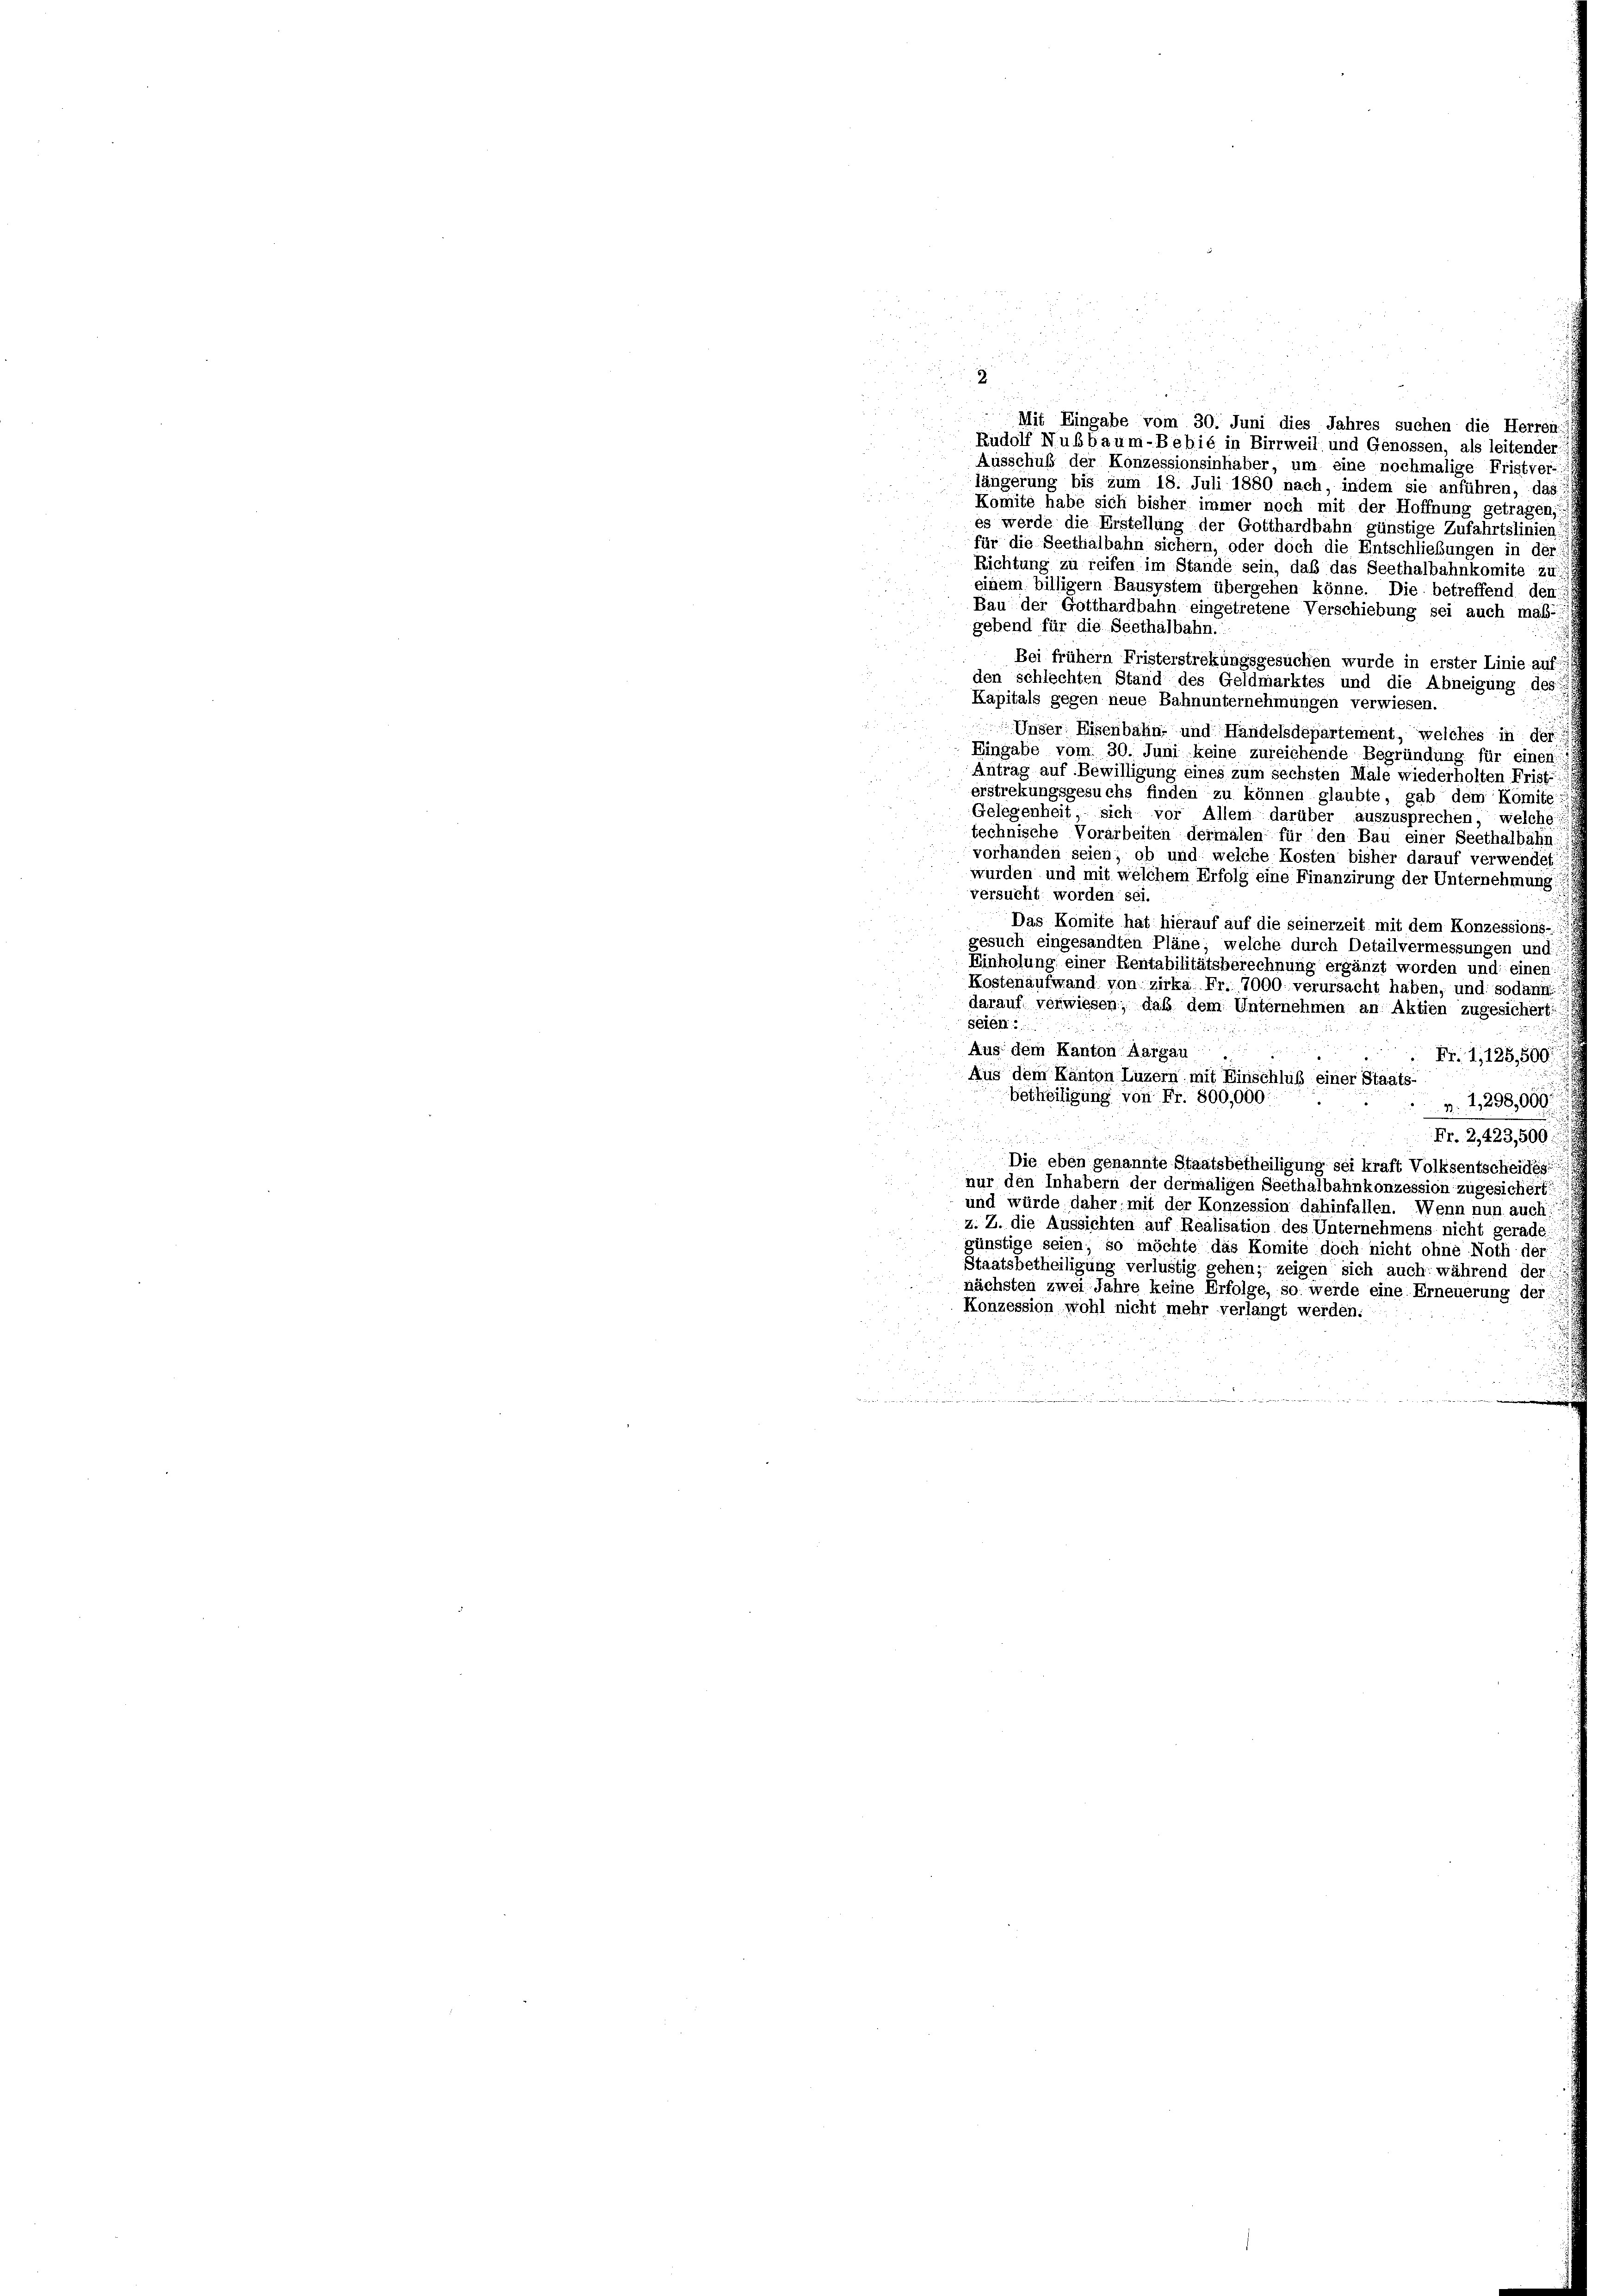
2.
u
5
.
Mit Eingabe vom 30. Juni dies Jahres suchen die Herren:
Rudolf Nußbaum-Bebié in Birrweil und Genossen, als leitender
Ausschuß der Konzessionsinhaber, um eine nochmalige Fristver-
längerung bis zum 18. Juli 1880 nach, indem sie anführen, das

Komite habe sich bisher immer noch mit der Hoffnung getragen,
es werde die Erstellung der Gotthardbahn günstige Zufahrtslinien,
für die Seethalbahn sichern, oder doch die Entschließungen in der
Richtung zu reifen im Stande sein, daß das Seethalbahnkomite zu
einem billigern Bausystem übergehen könne. Die betreffend den
Bau der Gotthardbahn eingetretene Verschiebung sei auch maß-
gebend für die Seethalbahn.
Bei frühem Fristerstrekungsgesuchen wurde in erster Linie auf
den schlechten Stand des Geldmarktes und die Abneigung des
Kapitals gegen neue Bahnunternehmungen verwiesen.
Unser Eisenbahn- und Handelsdepartement, welches in der
Eingabe vom 30. Juni keine zureichende Begründung für einen:
Antrag auf Bewilligung eines zum sechsten Male wiederholten Frist
erstrekungsgesuchs finden zu können glaubte, gab dem Komite
Gelegenheit sich vor Allem darüber auszusprechen, welche
technische Vorarbeiten dermalen für den Bau einer Seethalbahn-
vorhanden seien; ob und welche Kosten bisher darauf verwendet
wurden und mit welchem Erfolg eine Finanzirung der Unternehmung:
versucht worden sei.
Das Komite hat hierauf auf die seinerzeit mit dem Konzessions-
gesuch eingesandten Pläne; welche durch Detailvermessungen und
Einholung einer Rentabilitätsberechnung ergänzt worden und einen:
Kostenaufwand von zirka Fr. 7000. verursacht haben, und sodann
darauf verwiesen; daß dem Unternehmen an Aktien zugesichert:
seich.
Aus dem Kanton Aargau
 Fr. 1,125,500
Aus dem Kanton Luzern mit Einschluß einer Staats-
betheiligung von Fr. 800,000
p. 1, 298,069
Fr. 2,423,500:
Die eben genannte Staatsbetheiligung sei kraft Volksentscheides
nur den Inhabern der dermaligen Seethalbahnkonzession zugesichert
und würde daher mit der Konzession dahinfallen. Wenn nun auch:
z. Z. die Aussichten auf Realisation des Unternehmens nicht gerade
günstige seien, so möchte das Komite doch nicht ohne Noth der
Staatsbetheiligung verlustig sehen; zeigen sich auch während der
nächsten zwei Jahre keine Erfolge, so werde eine Erneuerung der
Konzession wohl nicht mehr verlangt werden.